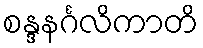
စန္ဒနင်္ဂလိကာတိ